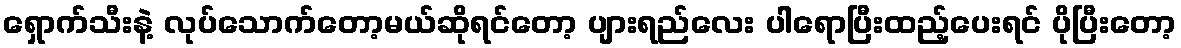
ရှောက်သီးနဲ့ လုပ်သောက်တော့မယ်ဆိုရင်တော့ ပျားရည်လေး ပါရောပြီးထည့်ပေးရင် ပိုပြီးတော့